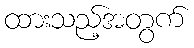
ထားသည့်အတွက်